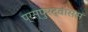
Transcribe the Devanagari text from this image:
प्रस्फुरद्वाससं